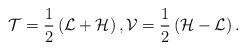
LaTeX: \begin{align*}\mathcal{T}=\frac{1}{2}\left( \mathcal{L}+\mathcal{H}\right) ,\mathcal{V}=\frac{1}{2}\left( \mathcal{H-L}\right) . \end{align*}